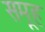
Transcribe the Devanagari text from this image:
समूूह